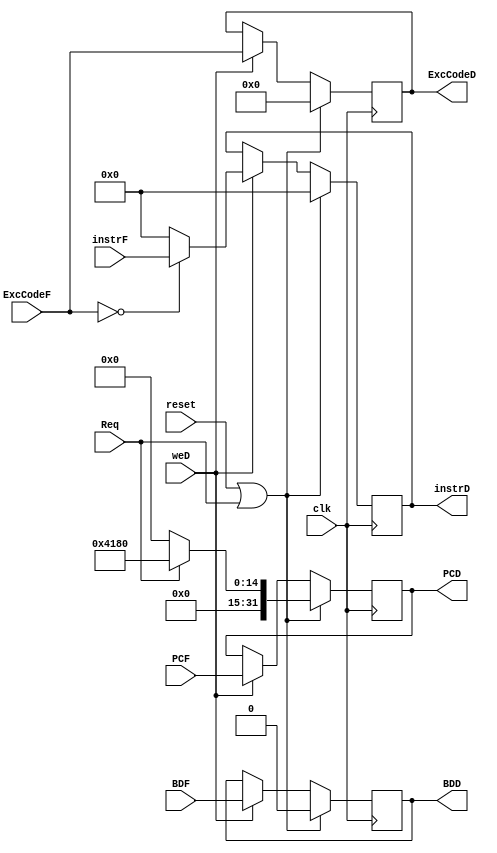
`timescale 1ns / 1ps
//////////////////////////////////////////////////////////////////////////////////
// Company: 
// Engineer: 
// 
// Design Name: 
// Module Name:    D 
// Project Name: 
// Target Devices: 
// Tool versions: 
// Description: 
//
// Dependencies: 
//
// Revision: 
// Revision 0.01 - File Created
// Additional Comments: 
//
//////////////////////////////////////////////////////////////////////////////////
module D(
	input clk,
	input reset,
	input weD,
	input [31:0] instrF,
	input [31:0] PCF,
	input [4:0] ExcCodeF,
	input BDF,
	input Req,
	output reg [31:0] instrD,
	output reg [31:0] PCD,
	output reg [4:0] ExcCodeD,
	output reg BDD
    );
	 
	always@(posedge clk)begin
		if(reset|Req)begin
			instrD<=0;
			PCD<= Req ? 32'h4180 : 0;
			ExcCodeD<=0;
			BDD<=0;
		end
		else begin
			if(weD)begin
				if(!ExcCodeF) instrD<=instrF;
				else instrD<=0;
				PCD<=PCF;
				ExcCodeD<=ExcCodeF;
				BDD<=BDF;
			end
		end
	end

endmodule